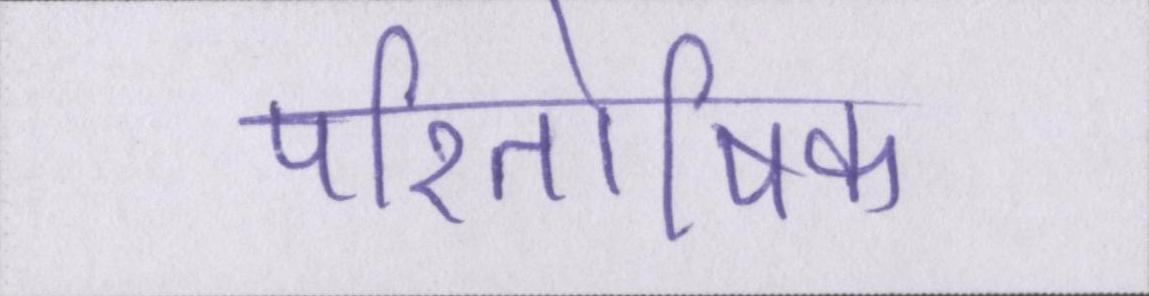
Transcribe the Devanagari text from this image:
पारितोषिक